Report on vaccination proceedings throughout the Government of Bengal -
Year: 1868
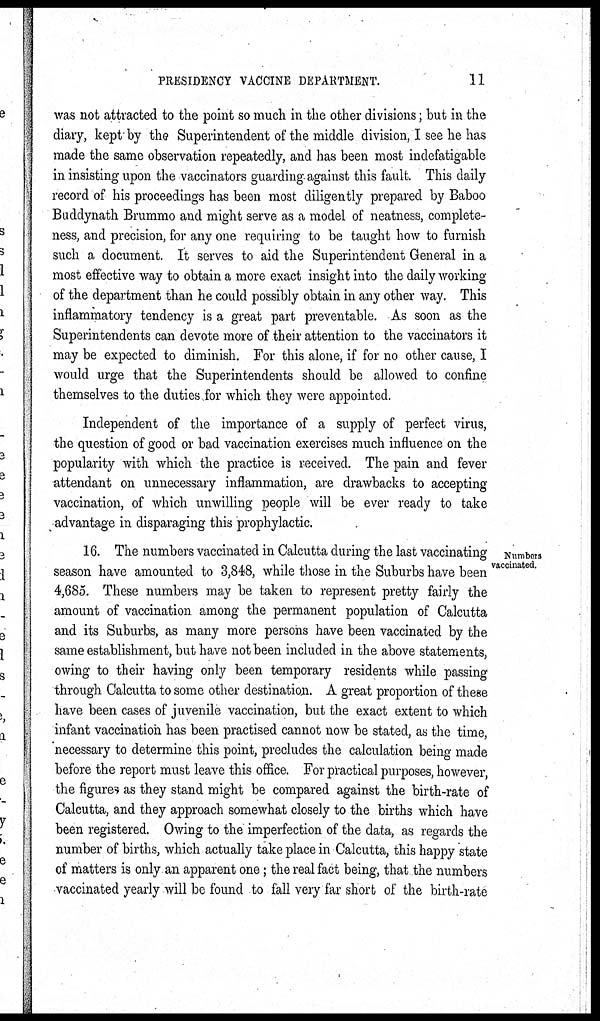
PRESIDENCY VACCINE DEPARTMENT.
11
was not attracted to the point so much in the other divisions; but in the
diary, kept by the Superintendent of the middle division, I see he has
made the same observation repeatedly, and has been most indefatigable
in insisting upon the vaccinators guarding against this fault. This daily
record of his proceedings has been most diligently prepared by Baboo
Buddynath Brummo and might serve as a model of neatness, complete-
ness, and precision, for any one requiring to be taught how to furnish
such a document. It serves to aid the Superintendent General in a
most effective way to obtain a more exact insight into the daily working
of the department than he could possibly obtain in any other way. This
inflammatory tendency is a great part preventable. As soon as the
Superintendents can devote more of their attention to the vaccinators it
may be expected to diminish. For this alone, if for no other cause, I
would urge that the Superintendents should be allowed to confine
themselves to the duties for which they were appointed.
Independent of the importance of a supply of perfect virus,
the question of good or bad vaccination exercises much influence on the
popularity with which the practice is received. The pain and fever
attendant on unnecessary inflammation, are drawbacks to accepting
vaccination, of which unwilling people will be ever ready to take
advantage in disparaging this prophylactic.
Numbers
vaccinated.
16. The numbers vaccinated in Calcutta during the last vaccinating
season have amounted to 3,848, while those in the Suburbs have been
4,685. These numbers may be taken to represent pretty fairly the
amount of vaccination among the permanent population of Calcutta
and its Suburbs, as many more persons have been vaccinated by the
same establishment, but have not been included in the above statements,
owing to their having only been temporary residents while passing
through Calcutta to some other destination. A great proportion of these
have been cases of juvenile vaccination, but the exact extent to which
infant vaccination has been practised cannot now be stated, as the time,
necessary to determine this point, precludes the calculation being made
before the report must leave this office. For practical purposes, however,
the figures as they stand might be compared against the birth-rate of
Calcutta, and they approach somewhat closely to the births which have
been registered. Owing to the imperfection of the data, as regards the
number of births, which actually take place in Calcutta, this happy state
of matters is only an apparent one; the real fact being, that the numbers
vaccinated yearly will be found to fall very far short of the birth-rate